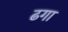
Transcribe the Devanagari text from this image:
ढगा